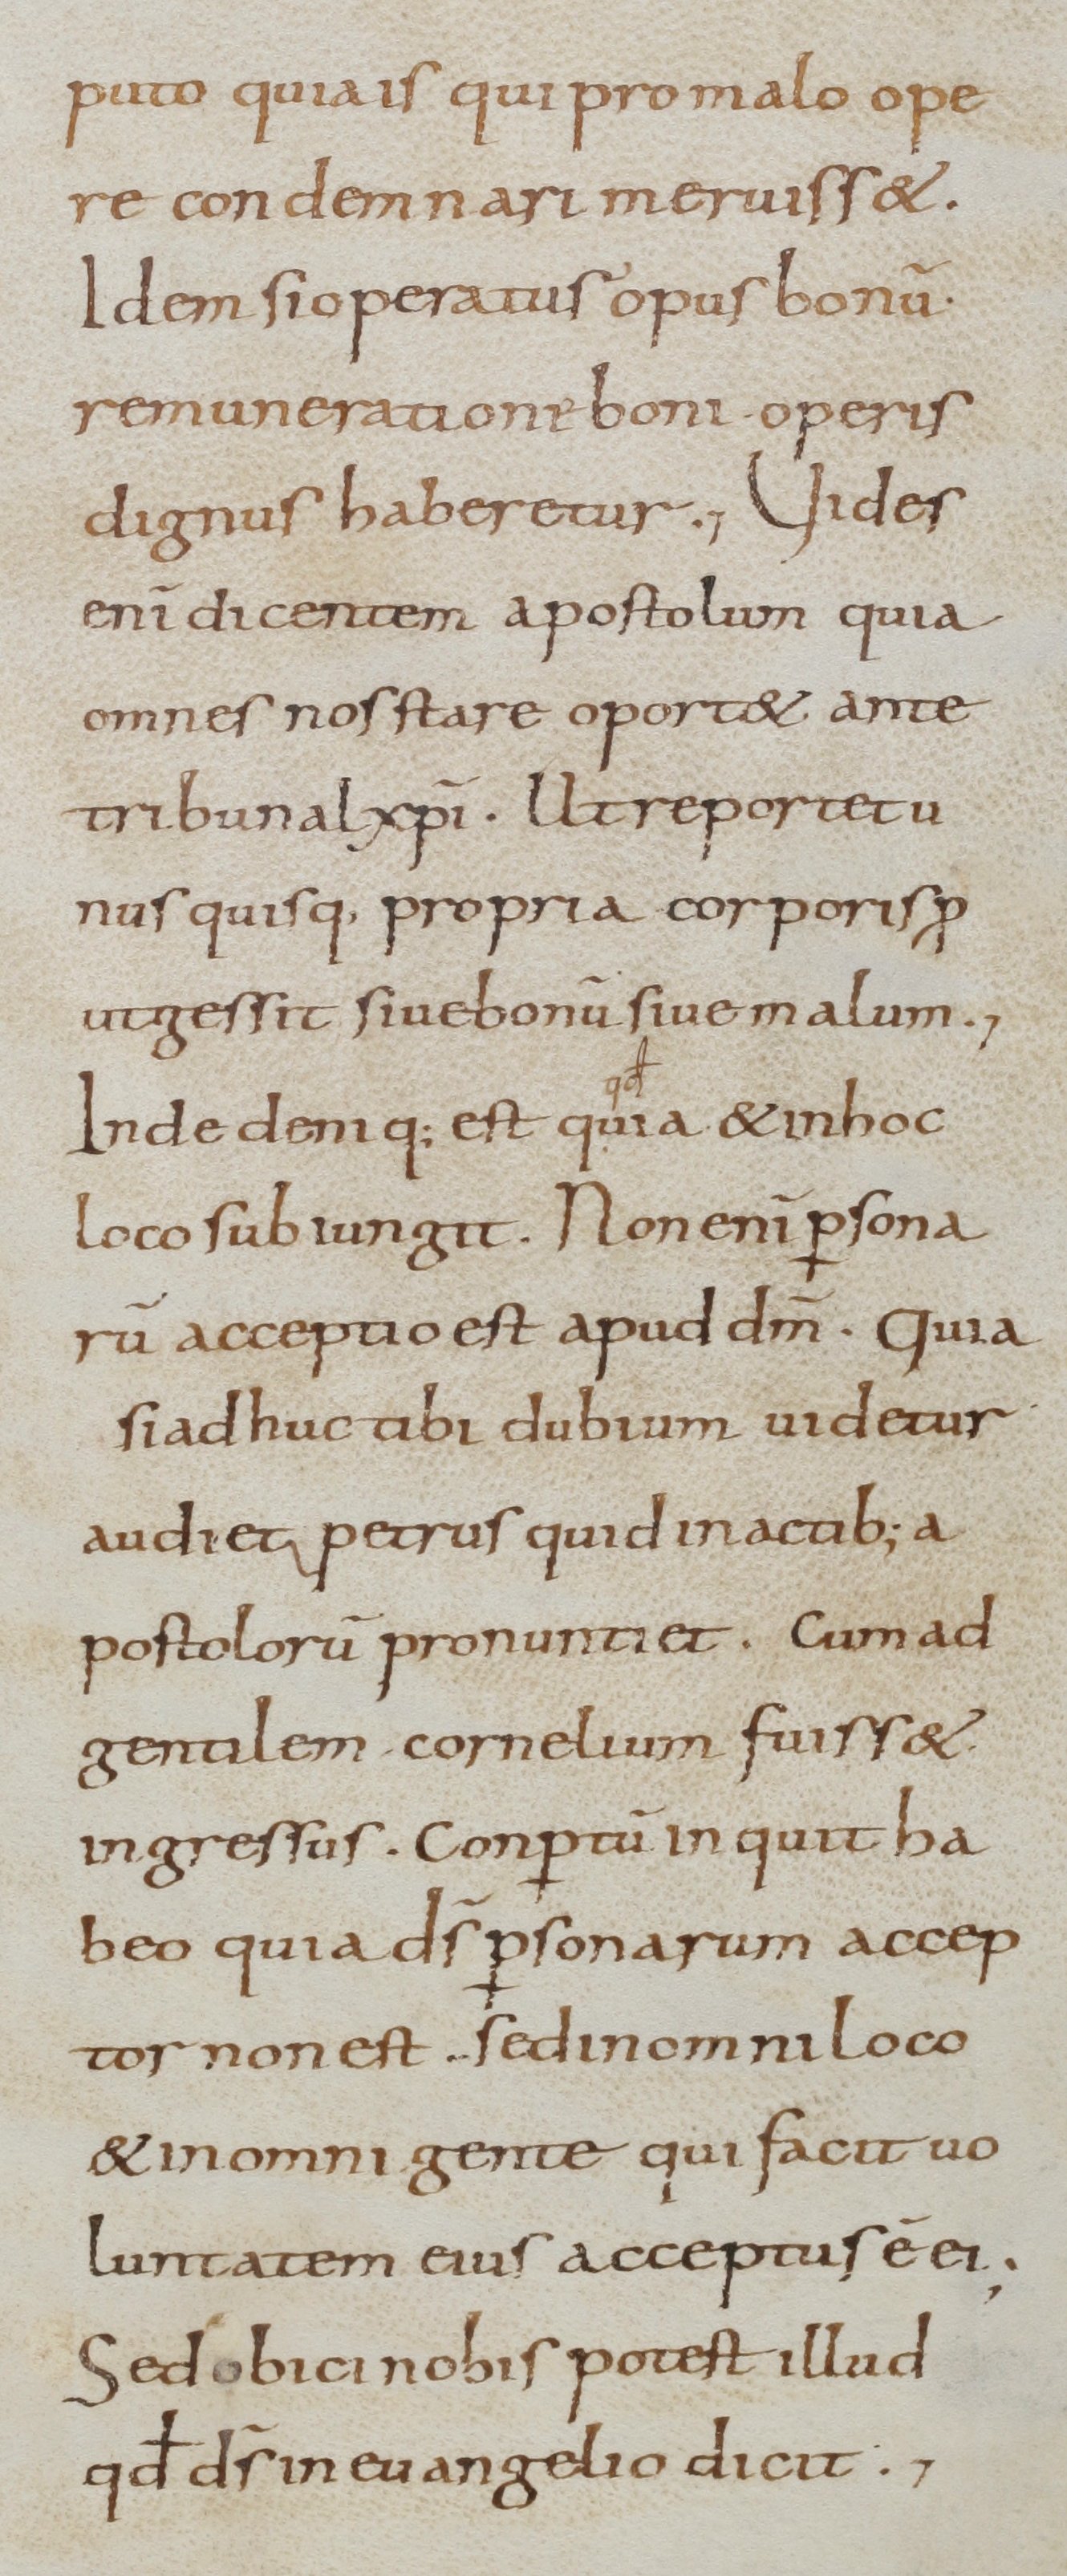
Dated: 800–899